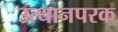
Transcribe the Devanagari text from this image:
उत्थानपरक